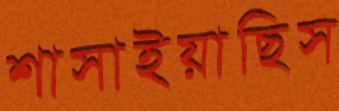
শাসাইয়াছিস